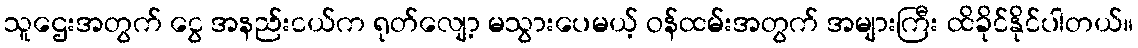
သူဌေးအတွက် ငွေ အနည်းငယ်က ရုတ်လျော့ မသွားပေမယ့် ဝန်ထမ်းအတွက် အများကြီး ထိခိုင်နိုင်ပါတယ်။